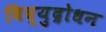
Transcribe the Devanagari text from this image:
विद्युद्रोधन